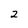
Character: 2